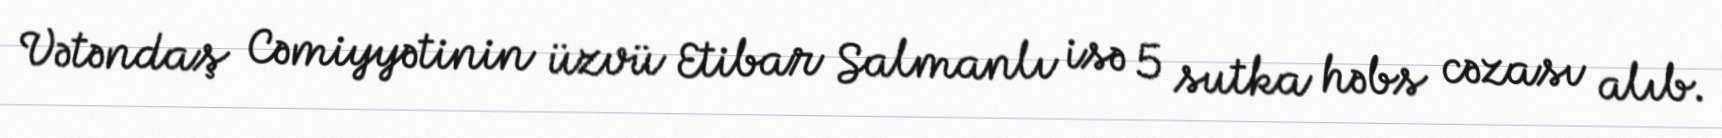
Vətəndaş Cəmiyyətinin üzvü Etibar Salmanlı isə 5 sutka həbs cəzası alıb.